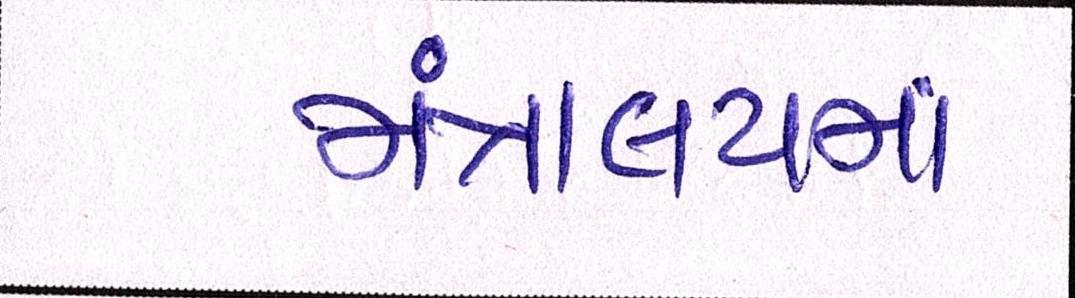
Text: મંત્રાલયમાં